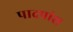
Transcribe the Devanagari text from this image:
पादपांश